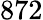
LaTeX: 872